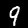
Digit: 9